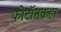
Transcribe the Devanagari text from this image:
फोटॉनकहा